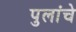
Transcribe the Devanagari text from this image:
पुलांचे